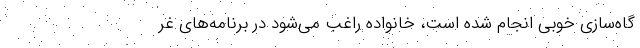
گاه‌سازی خوبی انجام شده است، خانواده راغب می‌شود در برنامه‌های غر